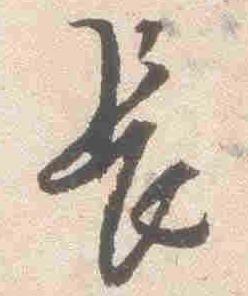
長